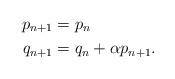
LaTeX: \begin{align*}p_{n+1} &= p_n \\q_{n+1} &= q_n + \alpha p_{n+1}.\end{align*}